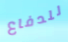
للدفاع